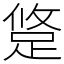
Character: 跾